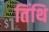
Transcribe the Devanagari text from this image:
तिंथि